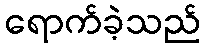
ရောက်ခဲ့သည်